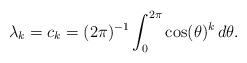
LaTeX: \begin{align*} \lambda_k = c_k = (2\pi)^{-1}\int_0^{2\pi} \cos(\theta)^k\,d\theta. \end{align*}